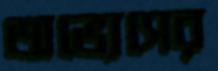
অভ্যেসের